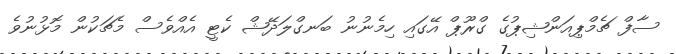
ސާފް ޗެމްޕިއަންޝިޕުގެ ގްރޫޕް އޭގައި ހިމެނުނު ބަނގްލަދޭޝް ކެޓީ އެއްވެސް މެޗަކުން މޮޅުނުވެ